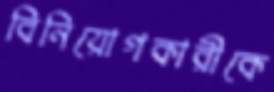
বিনিয়োগকারীকে